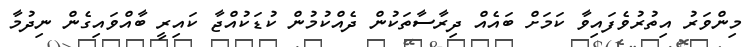
މިންވަރު އިތުރުވެފައިވާ ކަމަށް ބައެއް ދިރާސާތަކުން ދެއްކުމުން ކުޑަކުއްޖާ ކައިރީ ބާއްވައިގެން ނިދުމާ